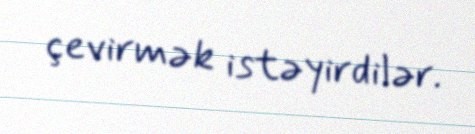
çevirmək istəyirdilər.